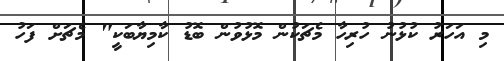
މި އަހަރު ކުޅުނު ހުރިހާ މެޗަކުން މޮޅުވުން ބޮޑު ކާމިޔާބަކީ" މެޗަށް ފަހު